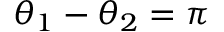
\theta _ { 1 } - \theta _ { 2 } = \pi